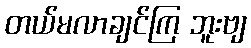
တယ်မလာချင်ကြ ဘူးဗျ